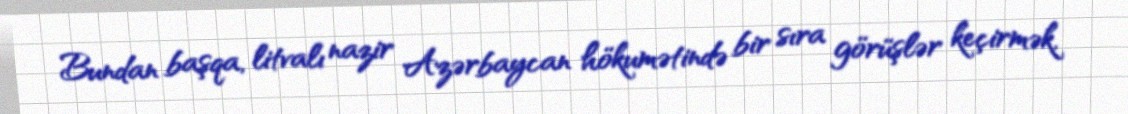
Bundan başqa, litvalı nazir Azərbaycan hökumətində bir sıra görüşlər keçirmək,